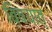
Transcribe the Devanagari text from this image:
विषयात्